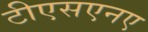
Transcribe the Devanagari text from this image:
टीएसएनए